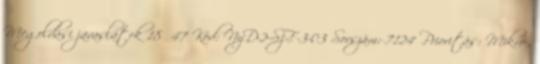
Megoldási javaslatok 18 47 Kód: NyD-2-SzF-3-03 Sorszám: 7124 Prioritás: Mikro-,